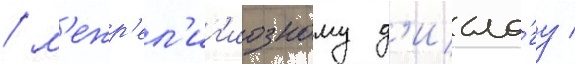
/ м'ежр'ел'иг'иозному д'иало́гу /